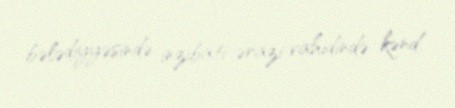
bələdiyyəsində inzibati-ərazi vahidində kənd.